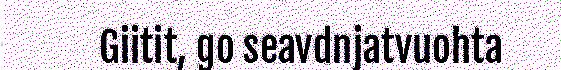
Giitit, go seavdnjatvuohta